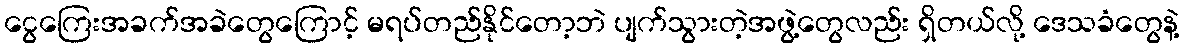
ငွေကြေးအခက်အခဲတွေကြောင့် မရပ်တည်နိုင်တော့ဘဲ ပျက်သွားတဲ့အဖွဲ့တွေလည်း ရှိတယ်လို့ ဒေသခံတွေနဲ့